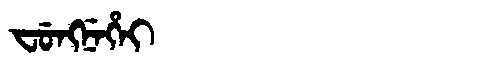
Manchu: ᠸᡠᠩᠨᡝᡥᡝᡳ
Romanization: FUNGNEHEI